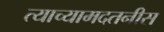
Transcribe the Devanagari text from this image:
त्याच्यामदतनीस